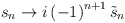
\begin{align*}s_n\rightarrow i\left( -1\right) ^{n+1}\tilde{s}_n\end{align*}